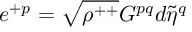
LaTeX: e ^ { + p } = \sqrt { \rho ^ { + + } } G ^ { p q } d { \tilde { \eta } } ^ { q }